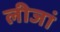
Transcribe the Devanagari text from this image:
लीजां